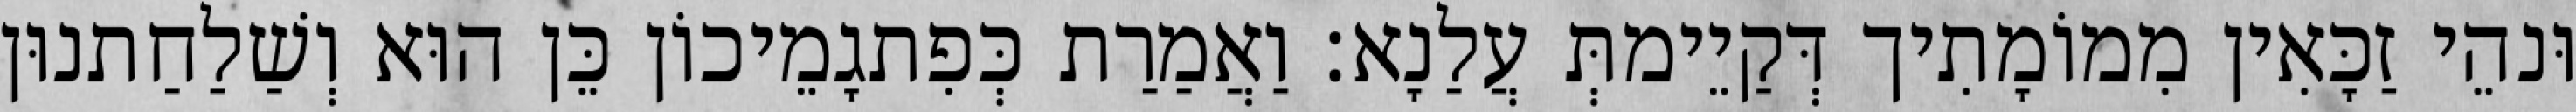
וּנהֵי זַכָּאִין מִמוֹמָתִיך דְּקַיֵימתְּ עֲלַנָא׃ וַאֲמַרַת כְּפִתגָמֵיכוֹן כֵּן הוּא וְשַׁלַחַתנוּן